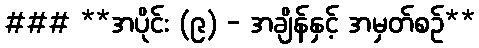
### **အပိုင်း (၉) - အချိန်နှင့် အမှတ်စဉ်**